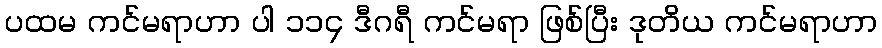
ပထမ ကင်မရာဟာ ပါ ၁၁၄ ဒီဂရီ ကင်မရာ ဖြစ်ပြီး ဒုတိယ ကင်မရာဟာ